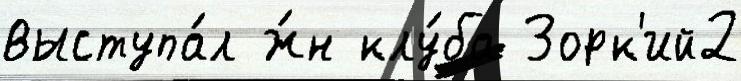
выступа́л ж́н клу́ба Зорк'ий2